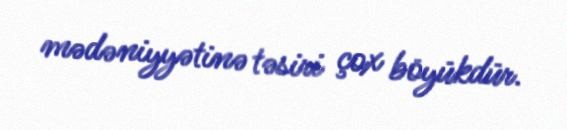
mədəniyyətinə təsiri çox böyükdür.